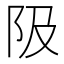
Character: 𨸚